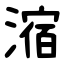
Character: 㴼